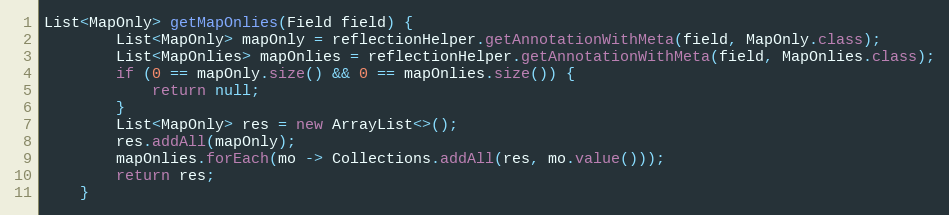
Language: Java
List<MapOnly> getMapOnlies(Field field) {
        List<MapOnly> mapOnly = reflectionHelper.getAnnotationWithMeta(field, MapOnly.class);
        List<MapOnlies> mapOnlies = reflectionHelper.getAnnotationWithMeta(field, MapOnlies.class);
        if (0 == mapOnly.size() && 0 == mapOnlies.size()) {
            return null;
        }
        List<MapOnly> res = new ArrayList<>();
        res.addAll(mapOnly);
        mapOnlies.forEach(mo -> Collections.addAll(res, mo.value()));
        return res;
    }